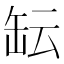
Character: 𱺱